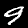
Digit: 9